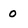
Character: O